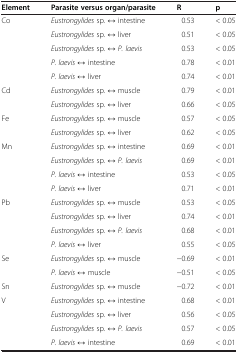
| Element | Parasite versus organ/parasite | R | p |
 | --- | --- | --- | --- |
 | Co | Eustrongylides sp. ↔ intestine | 0.53 | < 0.05 |
 |  | Eustrongylides sp. ↔ liver | 0.51 | < 0.05 |
 |  | Eustrongylides sp. ↔ P. laevis | 0.53 | < 0.05 |
 |  | P. laevis ↔ intestine | 0.78 | < 0.01 |
 |  | P. laevis ↔ liver | 0.74 | < 0.01 |
 | Cd | Eustrongylides sp. ↔ muscle | 0.79 | < 0.01 |
 |  | Eustrongylides sp. ↔ liver | 0.66 | < 0.05 |
 | Fe | Eustrongylides sp. ↔ muscle | 0.57 | < 0.05 |
 |  | Eustrongylides sp. ↔ liver | 0.62 | < 0.05 |
 | Mn | Eustrongylides sp. ↔ intestine | 0.69 | < 0.01 |
 |  | Eustrongylides sp. ↔ P. laevis | 0.69 | < 0.01 |
 |  | P. laevis ↔ intestine | 0.53 | < 0.05 |
 |  | P. laevis ↔ liver | 0.71 | < 0.01 |
 | Pb | Eustrongylides sp. ↔ muscle | 0.53 | < 0.05 |
 |  | Eustrongylides sp. ↔ liver | 0.74 | < 0.01 |
 |  | Eustrongylides sp. ↔ P. laevis | 0.68 | < 0.01 |
 |  | P. laevis ↔ liver | 0.55 | < 0.05 |
 | Se | Eustrongylides sp. ↔ muscle | −0.69 | < 0.01 |
 |  | P. laevis ↔ muscle | −0.51 | < 0.05 |
 | Sn | Eustrongylides sp. ↔ muscle | −0.72 | < 0.01 |
 | V | Eustrongylides sp. ↔ intestine | 0.68 | < 0.01 |
 |  | Eustrongylides sp. ↔ liver | 0.56 | < 0.05 |
 |  | Eustrongylides sp. ↔ P. laevis | 0.57 | < 0.05 |
 |  | P. laevis ↔ intestine | 0.69 | < 0.01 |